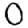
Digit: 0